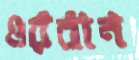
ওরবান